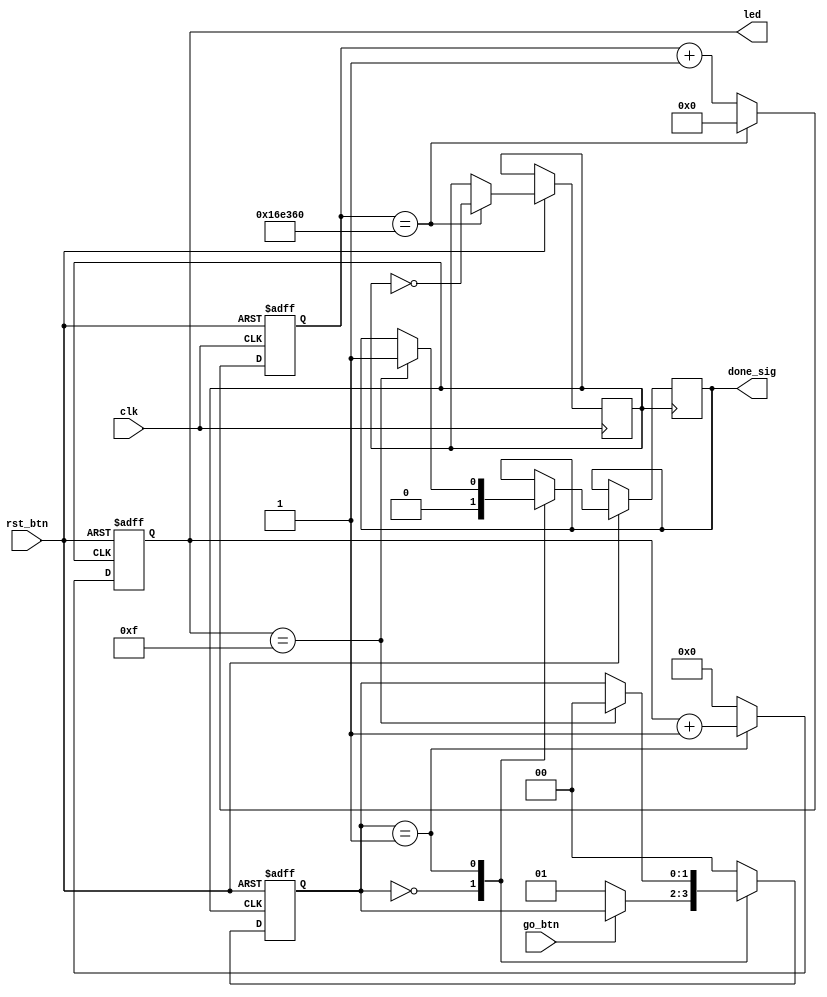
module fsm_mealy (
  input     clk,
  input     rst_btn,
  input     go_btn,

  output    reg [3:0] led,
  output    reg       done_sig
);

  localparam STATE_IDLE       = 1'd0;
  localparam STATE_COUNTING   = 1'd1;

  localparam MAX_CLK_COUNT    = 24'd1500000;
  localparam MAX_LED_COUNT    = 4'hf;

  wire rst;
  wire go;

  reg         div_clk;
  reg [1:0]   state;
  reg [23:0]  clk_count;

  assign rst = ~rst_btn;
  assign go = ~go_btn;

  always @ (posedge clk or posedge rst) begin
    if (rst == 1'b1) begin
      clk_count <= 24'b0;
    end else if (clk_count == MAX_CLK_COUNT) begin
      clk_count <= 24'b0;
      div_clk <= ~div_clk;
    end else begin
      clk_count <= clk_count + 1;
    end
  end

  always @ (posedge div_clk or posedge rst) begin
    if (rst == 1'b1) begin
      state <= STATE_IDLE;
    end else begin
      case (state)
        STATE_IDLE: begin
          done_sig <= 1'b0;
          if (go == 1'b1) begin
            state <= STATE_COUNTING;
          end
        end

        STATE_COUNTING: begin
          if (led == MAX_LED_COUNT) begin
            done_sig <= 1'b1;
            state <= STATE_IDLE;
          end
        end

        default: state <= STATE_IDLE;
      endcase
    end
  end

  always @ (posedge div_clk or posedge rst) begin
    if (rst == 1'b1) begin
      led <= 4'd0;
    end else begin
      if (state == STATE_COUNTING) begin
        led <= led + 1;
      end else begin
        led <= 4'd0;
      end
    end
  end

endmodule